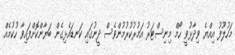
މަހުލޫފު އިއްޔެ ވިދާޅުވީ ހޯމް މިނިސްޓަރު އަމުރުކުރުމުންވެސް ދީނުގައި ކަނޑައެޅިގެން ބަޔާންކޮށްފައިވާ ހުކުމެއް